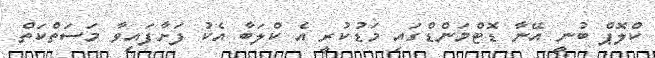
ކްލޮޕް ބުނީ އޭނާ ޑޮޓްމަންޑްގައި މަޑުކުރީ އެ ކްލަބާ އެކު ފަށާފައިވާ މަސަތްކަތް